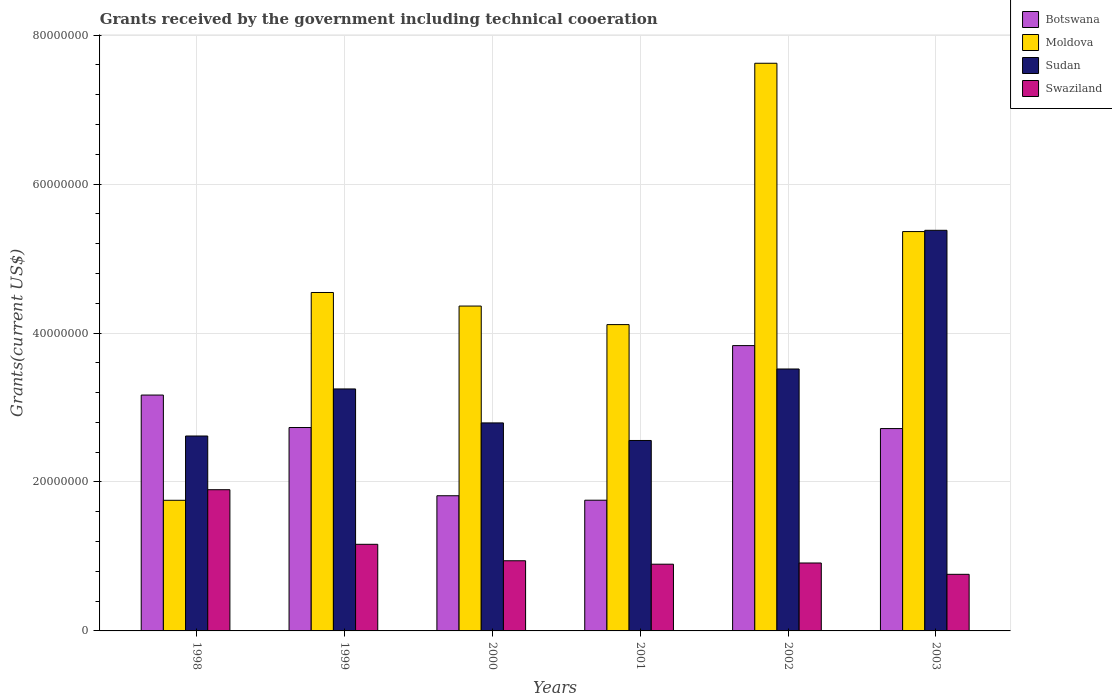
| Years | Botswana | Moldova | Sudan | Swaziland |
 | --- | --- | --- | --- | --- |
 | 1998 | 3.17e+07 | 1.75e+07 | 2.62e+07 | 1.9e+07 |
 | 1999 | 2.73e+07 | 4.54e+07 | 3.25e+07 | 1.16e+07 |
 | 2000 | 1.82e+07 | 4.36e+07 | 2.79e+07 | 9.42e+06 |
 | 2001 | 1.76e+07 | 4.11e+07 | 2.56e+07 | 8.96e+06 |
 | 2002 | 3.83e+07 | 7.62e+07 | 3.52e+07 | 9.12e+06 |
 | 2003 | 2.72e+07 | 5.36e+07 | 5.38e+07 | 7.6e+06 |